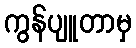
ကွန်ပျူတာမှ